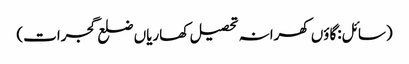
(سائل:گاؤں کھرانہ تحصیل کھاریاں ضلع گجرات)